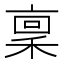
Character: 稟